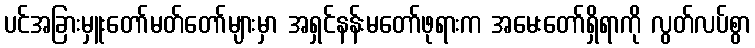
ပင်အခြားမှူးတော်မတ်တော်များမှာ အရှင်နန်းမတော်ဖုရားက အမေးတော်ရှိရာကို လွတ်လပ်စွာ